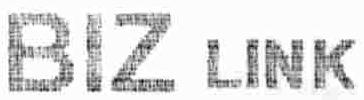
BIZ LINK